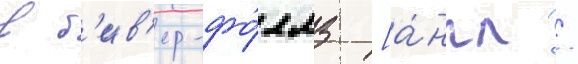
в б'ив'ер-фо́ллз [а́нгл. /